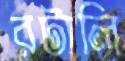
রটালি